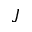
J